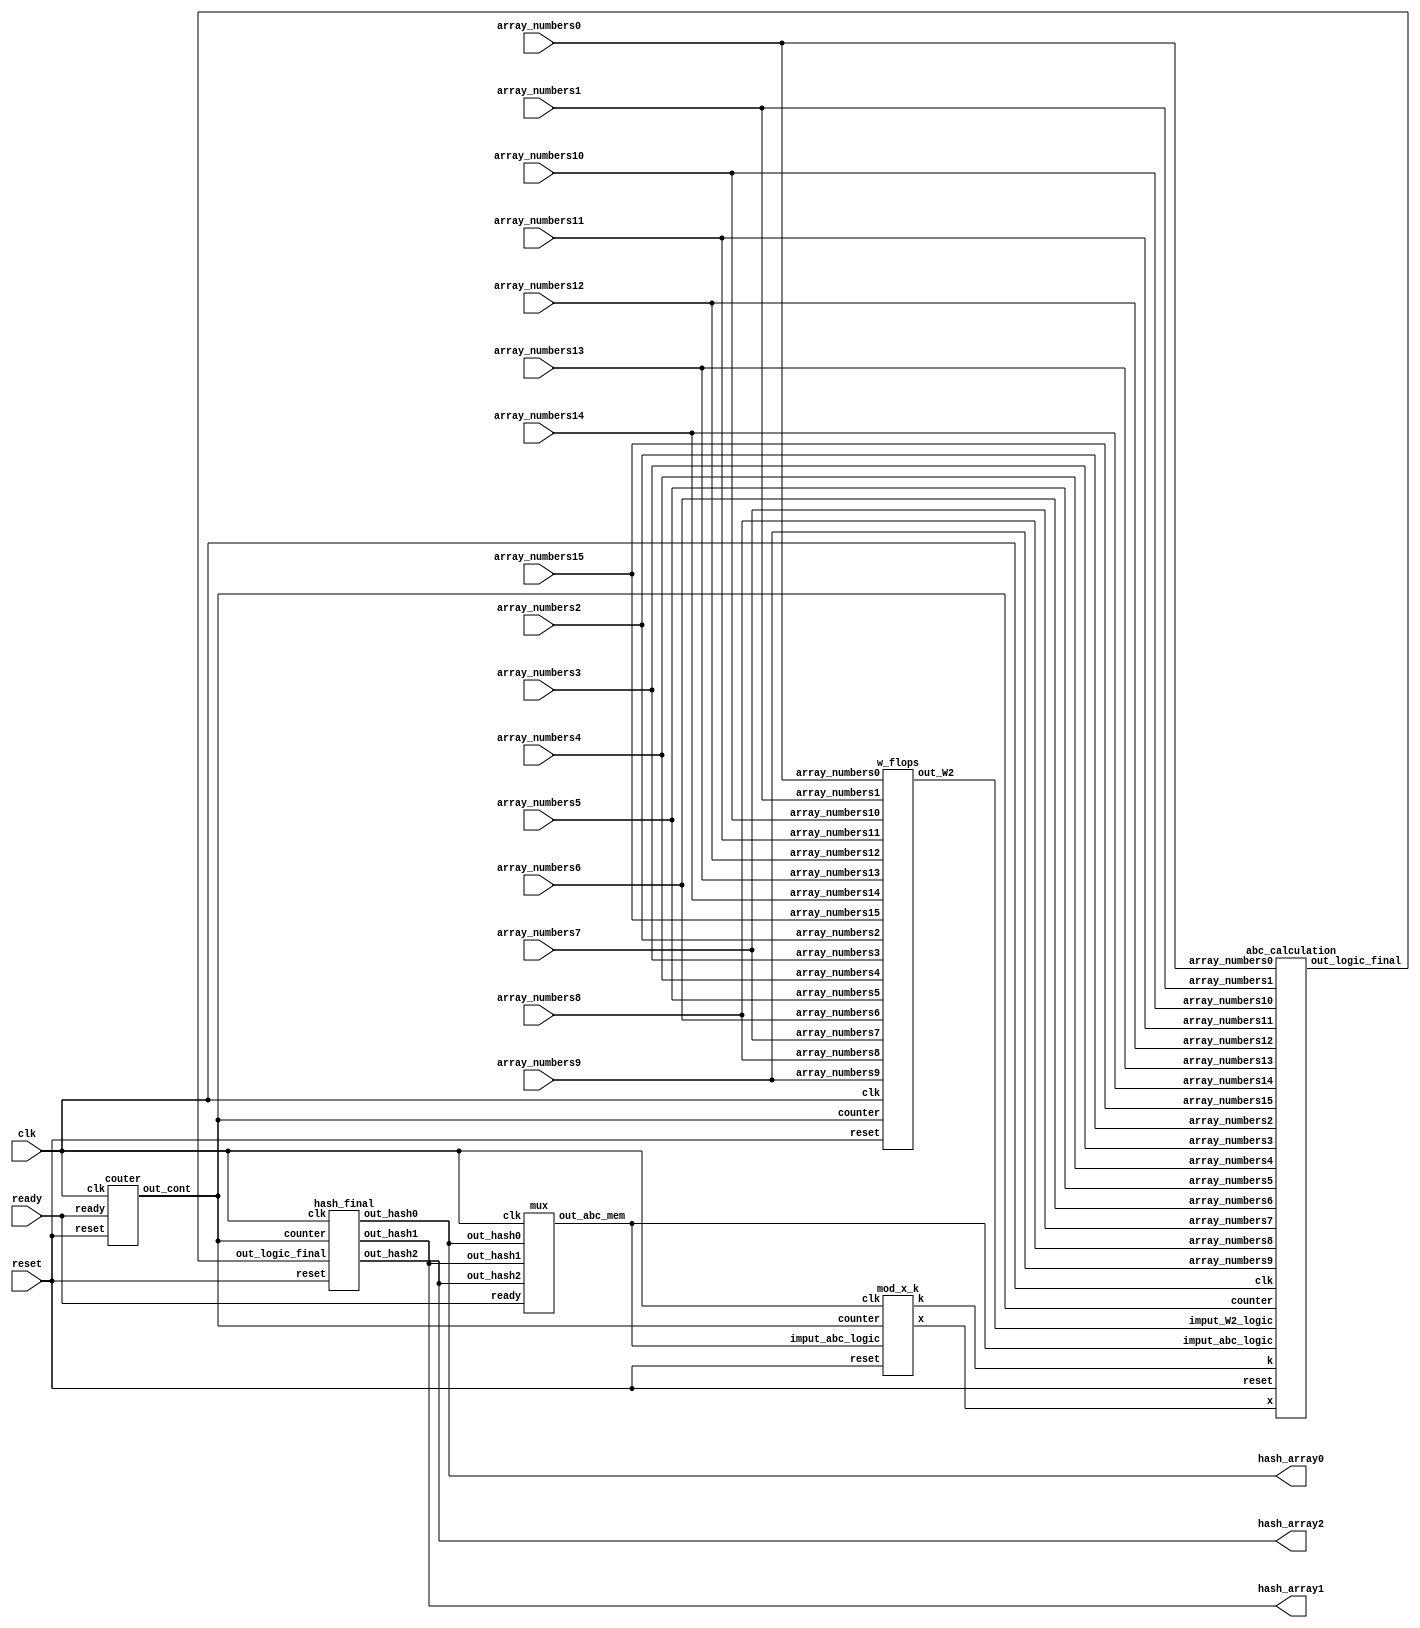
//`include "Library.v"
`ifndef micro_ucr_hash
`define micro_ucr_hash

module micro_ucr_hash(
    input clk,
    input reset,
    input ready,

    input[7:0] array_numbers0,
    input[7:0] array_numbers1,
    input[7:0] array_numbers2,
    input[7:0] array_numbers3,
    input[7:0] array_numbers4,
    input[7:0] array_numbers5,
    input[7:0] array_numbers6,
    input[7:0] array_numbers7,
    input[7:0] array_numbers8,
    input[7:0] array_numbers9,
    input[7:0] array_numbers10,
    input[7:0] array_numbers11,
    input[7:0] array_numbers12,
    input[7:0] array_numbers13,
    input[7:0] array_numbers14,
    input[7:0] array_numbers15,

    output [7:0] hash_array0,
    output [7:0] hash_array1,
    output [7:0] hash_array2
);


wire [127:0]bus_w2;
wire [127:0]bus_w2_log;
wire [23:0]bus_abc;
wire [23:0]bus_abc_log;
wire [23:0]bus_abc_log2;
wire [4:0]counter;
wire [7:0]x;
wire [7:0]k;



hash_final hash_final_ints(
	.clk(clk),
	.reset(reset),
   .counter(counter),
   .out_logic_final(bus_abc),
   .out_hash0(hash_array0),
   .out_hash1(hash_array1),
   .out_hash2(hash_array2)
);

mod_x_k mod_x_k_inst(
    .clk(clk),
    .reset(reset),
    .counter(counter),
    .imput_abc_logic(bus_abc_log),

    .x(x),
    .k(k)
);

abc_calculation abc_calculation_ints(
    .clk(clk),
    .reset(reset),
    .counter(counter),
    .imput_abc_logic(bus_abc_log), //.imput_abc_logic(bus_abc_log2),
    .x(x),
    .k(k),
    .array_numbers0(array_numbers0),
    .array_numbers1(array_numbers1),
    .array_numbers2(array_numbers2),
    .array_numbers3(array_numbers3),
    .array_numbers4(array_numbers4),
    .array_numbers5(array_numbers5),
    .array_numbers6(array_numbers6),
    .array_numbers7(array_numbers7),
    .array_numbers8(array_numbers8),
    .array_numbers9(array_numbers9),
    .array_numbers10(array_numbers10),
    .array_numbers11(array_numbers11),
    .array_numbers12(array_numbers12),
    .array_numbers13(array_numbers13),
    .array_numbers14(array_numbers14),
    .array_numbers15(array_numbers15),
    .imput_W2_logic(bus_w2_log),
    /*.out_hash0(hash_array0),
   .out_hash1(hash_array1),
   .out_hash2(hash_array2)*/
    .out_logic_final(bus_abc)
);

/*
mem_abc mem_abc_ints(
   .clk(clk),
   .imput_abc_mem(bus_abc_log),    
   .out_abc_mem(bus_abc_log2)
);*/

mux mux_ints(
    .clk(clk),
    .ready(ready),
    .out_hash0(hash_array0),
   .out_hash1(hash_array1),
   .out_hash2(hash_array2),
    //.imput_abc(bus_abc),
    .out_abc_mem(bus_abc_log)
    //.out_abc(bus_abc_log)
);

/*vec_w2 vec_w2_mem_ints(
    .clk(clk),
    .reset(reset),
    .ready(ready),
    .array_w2(bus_w2_log),
    .out_vec_w2(bus_w2)
);*/

w_flops w_flops_ints(
	.clk(clk),
	.reset(reset),
	.counter(counter),
    .array_numbers0(array_numbers0),
    .array_numbers1(array_numbers1),
    .array_numbers2(array_numbers2),
    .array_numbers3(array_numbers3),
    .array_numbers4(array_numbers4),
    .array_numbers5(array_numbers5),
    .array_numbers6(array_numbers6),
    .array_numbers7(array_numbers7),
    .array_numbers8(array_numbers8),
    .array_numbers9(array_numbers9),
    .array_numbers10(array_numbers10),
    .array_numbers11(array_numbers11),
    .array_numbers12(array_numbers12),
    .array_numbers13(array_numbers13),
    .array_numbers14(array_numbers14),
    .array_numbers15(array_numbers15),
    //.out_mem_w2(bus_w2),
    .out_W2(bus_w2_log)
);

couter counter_inst(
    .clk(clk),
    .reset(reset),
    .ready(ready),
    .out_cont(counter)
);

endmodule

`endif


//=========================================================CONTADOR=====================================================================

// out_logic_final[0]

`ifndef couter
`define couter
module couter (
    input clk,
    input reset,
    input ready,

    output reg[4:0] out_cont
);

always @ (posedge clk) begin
    if (reset == 1) begin
    	if (ready == 1) begin
    		if (out_cont < 31) begin
    			out_cont <= out_cont + 1;
    		end
    		else begin
    			if (out_cont >= 31) begin
    				out_cont <= out_cont;
    			end
    		end
    	end
    	else begin
    		out_cont <= 0;
    	end
    end
    else begin
    	out_cont <= 0;
    end
end
endmodule
`endif

//========================================================VECTOR W2====================================================================

`ifndef w_flops
`define w_flops
module w_flops(

input reset,
input [4:0]counter,
input clk,

    input[7:0] array_numbers0,
    input[7:0] array_numbers1,
    input[7:0] array_numbers2,
    input[7:0] array_numbers3,
    input[7:0] array_numbers4,
    input[7:0] array_numbers5,
    input[7:0] array_numbers6,
    input[7:0] array_numbers7,
    input[7:0] array_numbers8,
    input[7:0] array_numbers9,
    input[7:0] array_numbers10,
    input[7:0] array_numbers11,
    input[7:0] array_numbers12,
    input[7:0] array_numbers13,
    input[7:0] array_numbers14,
    input[7:0] array_numbers15,
     
    //input[127:0] out_mem_w2,

    output reg[127:0] out_W2
);

reg [127:0]out_mem_w2;

always @ (posedge clk) begin // *!
    if (reset == 1) begin
    	//out_mem_w2 <= out_W2;
    	if(counter <= 15) begin
    	if (counter == 0) out_W2[7:0] <= (array_numbers13 | array_numbers7) ^ array_numbers2;else  out_W2[7:0]<=out_W2[7:0];//16
    	if (counter == 1) out_W2[15:8] <= (array_numbers14 | array_numbers8) ^ array_numbers3;else  out_W2[15:8]<=out_W2[15:8];//17
    	if (counter == 2) out_W2[23:16] <= (array_numbers15 | array_numbers9) ^ array_numbers4;else out_W2[23:16]<=out_W2[23:16];//18
   	if (counter == 3) out_W2[31:24] <= (out_mem_w2[7:0] | array_numbers10) ^ array_numbers5;else out_W2[31:24]<=out_W2[31:24];//19
   	if (counter == 4) out_W2[39:32] <= (out_mem_w2[15:8] | array_numbers11) ^ array_numbers6;else out_W2[39:32]<=out_W2[39:32];//20
    	if (counter == 5) out_W2[47:40] <= (out_mem_w2[23:16] | array_numbers12) ^ array_numbers7;else out_W2[47:40]<=out_W2[47:40];//21
    	if (counter == 6) out_W2[55:48] <= (out_mem_w2[31:24] | array_numbers13) ^ array_numbers8;else out_W2[55:48]<=out_W2[55:48];//22
    	if (counter == 7) out_W2[63:56] <= (out_mem_w2[39:32] | array_numbers14) ^ array_numbers9;else out_W2[63:56]<=out_W2[63:56];//23
    	if (counter == 8) out_W2[71:64] <= (out_mem_w2[47:40] | array_numbers15) ^ array_numbers10;else out_W2[71:64]<=out_W2[71:64];//24
    	if (counter == 9) out_W2[79:72] <= (out_mem_w2[55:48] | out_mem_w2[7:0]) ^ array_numbers11;else out_W2[79:72]<=out_W2[79:72];//25
    	if (counter == 10) out_W2[87:80]<=(out_mem_w2[63:56] | out_mem_w2[15:8]) ^ array_numbers12;else out_W2[87:80]<=out_W2[87:80];//26
    	if (counter == 11) out_W2[95:88]<=(out_mem_w2[71:64] | out_mem_w2[23:16]) ^ array_numbers13;else out_W2[95:88]<=out_W2[95:88];
    	if (counter == 12) out_W2[103:96]<=(out_mem_w2[89:72] | out_mem_w2[31:24]) ^ array_numbers13;else out_W2[103:96]<=out_W2[103:96];
    if (counter == 13) out_W2[111:104]<=(out_mem_w2[97:90] | out_mem_w2[39:32]) ^ array_numbers14;else out_W2[111:104]<=out_W2[111:104];
    if (counter == 14) out_W2[119:112]<=(out_mem_w2[105:98] | out_mem_w2[47:40]) ^ array_numbers15;else out_W2[119:112]<=out_W2[119:112];
   if (counter == 15) out_W2[127:120]<=(out_mem_w2[113:106] | out_mem_w2[55:48]) ^ out_mem_w2[7:0];else out_W2[127:120]<=out_W2[127:120];
    	end
    	end
    	//else
    		//out_W2 = 0; 
    	/*out_mem_w2 <= out_W2;
    	out_W2[7:0] <= (array_numbers13 | array_numbers7) ^ array_numbers2;
    	out_W2[15:8] <= (array_numbers14 | array_numbers8) ^ array_numbers3;
    	out_W2[23:16] <= (array_numbers15 | array_numbers9) ^ array_numbers4;
   	out_W2[31:24] <= (out_mem_w2[7:0] | array_numbers10) ^ array_numbers5;
   	out_W2[39:32] <= (out_mem_w2[15:8] | array_numbers11) ^ array_numbers6;
    	out_W2[47:40] <= (out_mem_w2[23:16] | array_numbers12) ^ array_numbers7;
    	out_W2[55:48] <= (out_mem_w2[31:24] | array_numbers13) ^ array_numbers8;
    	out_W2[63:56] <= (out_mem_w2[39:32] | array_numbers14) ^ array_numbers9;
    	out_W2[71:64] <= (out_mem_w2[47:40] | array_numbers15) ^ array_numbers10;
    	out_W2[79:72] <= (out_mem_w2[55:48] | out_mem_w2[7:0]) ^ array_numbers11;
    	out_W2[87:80]<=(out_mem_w2[63:56] | out_mem_w2[15:8]) ^ array_numbers12;
    	out_W2[95:88]<=(out_mem_w2[71:64] | out_mem_w2[23:16]) ^ array_numbers13;
    	out_W2[103:96]<=(out_mem_w2[89:72] | out_mem_w2[31:24]) ^ array_numbers13;
    out_W2[111:104]<=(out_mem_w2[97:90] | out_mem_w2[39:32]) ^ array_numbers14;
    out_W2[119:112]<=(out_mem_w2[105:98] | out_mem_w2[47:40]) ^ array_numbers15;
  out_W2[127:120]<=(out_mem_w2[113:106] | out_mem_w2[55:48]) ^ out_mem_w2[7:0];
    end*/
    else begin
    	out_W2 <= 0;
    	out_mem_w2 <= 0;
    end
end
endmodule
`endif

//======================================================MEMORIA========================================================================
/*`ifndef vec_w2
`define vec_w2

module vec_w2 (
    input clk,
    input reset,
    input ready,

    input[127:0] array_w2,
    
    output reg[127:0] out_vec_w2
);

    
always @ (posedge clk) begin
    if (reset == 1) begin
    	if (ready == 1) begin
    		out_vec_w2 <= array_w2;
    	end
    	else
    		out_vec_w2 <= 0;
    		
    end
    else 
    	out_vec_w2 <= 0;
end
endmodule
 
`endif*/

//======================================================MUX========================================================================
`ifndef mux
`define mux

module mux (
    input clk,
    input ready,

    //input[23:0] imput_abc,
    input[7:0] out_hash0,
    input[7:0] out_hash1,
    input[7:0] out_hash2,
    
    output reg[23:0] out_abc_mem
);

reg [23:0]abc;
    
parameter H0 = 8'b00000001;
parameter H1 = 8'b10001001;
parameter H2 = 8'b11111110;
/*
always @ (*) begin
    if (ready == 1) begin
  	out_abc_mem = imput_abc;
    end
    else begin
    	out_abc_mem[7:0] = H0;
    	out_abc_mem[15:8] = H1;
    	out_abc_mem[23:16] = H2;
    end
end*/


always @ (*) begin
    if (ready == 0) begin
  	abc = 0;
    end
    else begin
    	abc[7:0] = out_hash0;
    	abc[15:8] = out_hash1;
    	abc[23:16] =out_hash2;
    end
end

always @ (posedge clk) begin
  if (ready == 1) begin
  	out_abc_mem <= abc;
    end
    else begin
    	out_abc_mem[7:0] <= H0;
    	out_abc_mem[15:8] <= H1;
    	out_abc_mem[23:16] <= H2;
    end
end

endmodule
 
`endif


//======================================================MEM_ABC========================================================================
/*`ifndef mem_abc
`define mem_abc

module mem_abc (
    input clk,

    input[23:0] imput_abc_mem,
    
    output reg[23:0] out_abc_mem
);

always @ (posedge clk) begin
  	out_abc_mem <= imput_abc_mem;
end
endmodule
 
`endif*/
//=========================================================MODULO_X_K===================================================================

// out_logic_final[0]

`ifndef mod_x_k
`define mod_x_k
module mod_x_k (
    input clk,
    input reset,
    input [4:0]counter,
    input [23:0]imput_abc_logic,

    output reg[7:0] x,
    output reg[7:0] k
);

reg [7:0]a;
reg [7:0]b;

parameter k1 = 8'b10011001;
parameter k2 = 8'b10100001;

always @ (posedge clk) begin
    if (reset == 1) begin
    	
    	a <= imput_abc_logic[7:0];
	b <= imput_abc_logic[15:8];
	
	if (counter <=16) begin
		x <= (a ^ b);
		k <= k1;
   	end
   	else begin
		if ( counter > 16) begin
			x <= (a | b);
			k <= k2;
		end
	end
	end
   else begin
    	a <= 0;
	b <= 0;
	x <= 0;
	k <= 0;
    		
    end
    	
end
endmodule
`endif


//======================================================LOGICA_ABC======================================================================
`ifndef abc_calculation
`define abc_calculation

module abc_calculation (
    input clk,
    input reset,
    input [4:0]counter,

    input[23:0] imput_abc_logic,
    input[7:0] x,
    input[7:0] k,
   
    input[7:0] array_numbers0,
    input[7:0] array_numbers1,
    input[7:0] array_numbers2,
    input[7:0] array_numbers3,
    input[7:0] array_numbers4,
    input[7:0] array_numbers5,
    input[7:0] array_numbers6,
    input[7:0] array_numbers7,
    input[7:0] array_numbers8,
    input[7:0] array_numbers9,
    input[7:0] array_numbers10,
    input[7:0] array_numbers11,
    input[7:0] array_numbers12,
    input[7:0] array_numbers13,
    input[7:0] array_numbers14,
    input[7:0] array_numbers15,
   
    input[127:0] imput_W2_logic,
    
    
    output reg[23:0] out_logic_final
    /*output reg[7:0] out_hash0,
    output reg[7:0] out_hash1,
    output reg[7:0] out_hash2*/
);

reg [7:0]a;
reg [15:8]b;
reg [23:16]c;

//reg [23:0] out_logic_final;//********
reg flag;

//parameter k1 = 8'b10011001;
//parameter k2 = 8'b10100001;

parameter H0 = 8'b00000001;
parameter H1 = 8'b10001001;
parameter H2 = 8'b11111110;

always @ (*) begin

	a = imput_abc_logic[7:0];
	b = imput_abc_logic[15:8];
	c = imput_abc_logic[23:16];
end


always @ (posedge clk) begin

if (reset == 0) begin

//out_hash0 <= 0;
//out_hash1 <= 0;
//out_hash2 <= 0;
out_logic_final <= 0;
//flag <= 1;
end
else
	if (counter <= 15) begin 
  		out_logic_final[7:0] <= b ^ c;
  		out_logic_final[15:8] <= c << 4;
  		
  		if (counter == 0) out_logic_final[23:16] <= x + k + array_numbers0; //x = a ^ b;
  		if (counter == 1) out_logic_final[23:16] <= x + k + array_numbers1;
  		if (counter == 2) out_logic_final[23:16] <= x + k + array_numbers2;
  		if (counter == 3) out_logic_final[23:16] <= x + k + array_numbers3;
  		if (counter == 4) out_logic_final[23:16] <= x + k + array_numbers4;
  		if (counter == 5) out_logic_final[23:16] <= x + k + array_numbers5;
  		if (counter == 6) out_logic_final[23:16] <= x + k + array_numbers6;
  		if (counter == 7) out_logic_final[23:16] <= x + k + array_numbers7;
  		if (counter == 8) out_logic_final[23:16] <= x + k + array_numbers8;
  		if (counter == 9) out_logic_final[23:16] <= x + k + array_numbers9;
  		if (counter == 10) out_logic_final[23:16] <= x + k + array_numbers10;
  		if (counter == 11) out_logic_final[23:16] <= x + k + array_numbers11;
  		if (counter == 12) out_logic_final[23:16] <= x + k + array_numbers12;
  		if (counter == 13) out_logic_final[23:16] <= x + k + array_numbers13;
  		if (counter == 14) out_logic_final[23:16] <= x + k + array_numbers14;
  		if (counter == 15) out_logic_final[23:16] <= x + k + array_numbers15;	
  	end
  	else begin
  	
  		if (counter == 16) begin
  			out_logic_final[7:0] = b ^ c;
  			out_logic_final[15:8] = c << 4;
  			out_logic_final[23:16] = x + k + imput_W2_logic[7:0]; //x = a ^ b;
  			
  		end
  		else begin 
  			if ((counter >= 17) && (counter <= 31)) begin
  				out_logic_final[7:0] <= b ^ c;
  				out_logic_final[15:8] <= c << 4;
  			if (counter == 17) out_logic_final[23:16] <= x + k + imput_W2_logic[15:8];
  			if (counter == 18) out_logic_final[23:16] <= x + k + imput_W2_logic[23:16];
  			if (counter == 19) out_logic_final[23:16] <= x + k + imput_W2_logic[31:24];
  			if (counter == 20) out_logic_final[23:16] <= x + k + imput_W2_logic[39:32];
  			if (counter == 21) out_logic_final[23:16] <= x + k + imput_W2_logic[47:40];
  			if (counter == 22) out_logic_final[23:16] <= x + k + imput_W2_logic[55:48];
  			if (counter == 23) out_logic_final[23:16] <= x + k + imput_W2_logic[63:56];
  			if (counter == 24) out_logic_final[23:16] <= x + k + imput_W2_logic[71:64];
  			if (counter == 25) out_logic_final[23:16] <= x + k + imput_W2_logic[79:72];
  			if (counter == 26) out_logic_final[23:16] <= x + k + imput_W2_logic[87:80];
  			if (counter == 27) out_logic_final[23:16] <= x + k + imput_W2_logic[95:88];
  			if (counter == 28) out_logic_final[23:16] <= x + k + imput_W2_logic[103:96];
  			if (counter == 29) out_logic_final[23:16] <= x + k + imput_W2_logic[111:104];
  			if (counter == 30) out_logic_final[23:16] <= x + k + imput_W2_logic[119:112];
  			if (counter == 31) out_logic_final[23:16] <= x + k + imput_W2_logic[127:120];
  			end
  			/*else begin
  				out_logic_final[7:0] <= out_logic_final[7:0];
  				out_logic_final[15:8] <= out_logic_final[15:8];
  				out_logic_final[23:16] <= out_logic_final[23:16] ;
  			end*/
  		end
  	end
  	
  	
  		/*if (counter == 31 && flag) begin
  			out_hash0 <= out_logic_final[7:0]+H0;
  			out_hash1 <= out_logic_final[15:8]+H1;
  			out_hash2 <= out_logic_final[23:16]+H2;
  			flag <= 0;
  		end
  		else begin
  			if (counter < 31) begin
  				flag <= 1;
  				out_hash0 <= out_logic_final[7:0];
  				out_hash1 <= out_logic_final[15:8];
 				out_hash2 <= out_logic_final[23:16];
 			end	
  		end*/
  	
  	
  		
  	
end
endmodule
 
`endif



//======================================================Suma_final=====================================================================
`ifndef hash_final
`define hash_final

module hash_final (
	
	input clk,
	input reset,
    input [4:0] counter,
    input [23:0] out_logic_final,
    
    output reg[7:0] out_hash0,
    output reg[7:0] out_hash1,
    output reg[7:0] out_hash2
);

parameter H0 = 8'b00000001;
parameter H1 = 8'b10001001;
parameter H2 = 8'b11111110;

reg flag;

always @ (posedge clk) begin

	if (reset == 0) begin
		out_hash0 <= 0;
  		out_hash1 <= 0;
  		out_hash2 <= 0;
  		flag <= 1;
	end
	else begin
		/*if (counter == 31 & flag) begin
  			out_hash0 <= out_logic_final[7:0]+H0;
  			out_hash1 <= out_logic_final[15:8]+H1;
  			out_hash2 <= out_logic_final[23:16]+H2;
  			flag <= 0;
  		end
  		else begin
  			if (counter < 31 ) begin
  				flag <= 1;
  				out_hash0 <= 0;
  				out_hash1 <= 0;
 				out_hash2 <= 0;
 			end
 			else begin
 				flag <= 0;
  				out_hash0 <= out_hash0;
  				out_hash1 <= out_hash1;
 				out_hash2 <= out_hash2;
 			end	
  		end
  	end*/
  	if (counter == 31 && flag) begin
  			out_hash0 <= out_logic_final[7:0]+H0;
  			out_hash1 <= out_logic_final[15:8]+H1;
  			out_hash2 <= out_logic_final[23:16]+H2;
  			flag <= 0;
  		end
  		else begin
  			if (counter < 31) begin
  				flag <= 1;
  				out_hash0 <= out_logic_final[7:0];
  				out_hash1 <= out_logic_final[15:8];
 				out_hash2 <= out_logic_final[23:16];
 			end	
  		end
  	end
end
endmodule
 
`endif